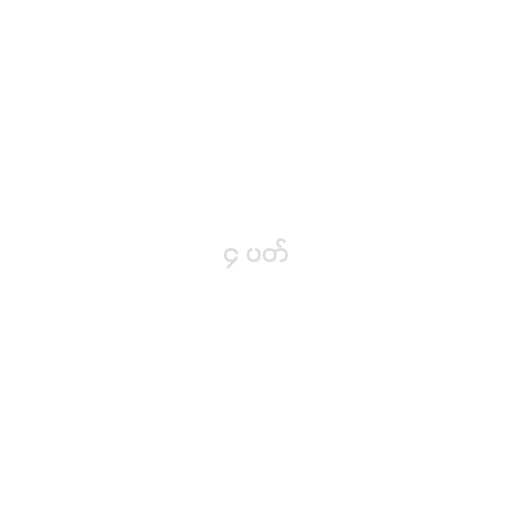
၄ ပတ်